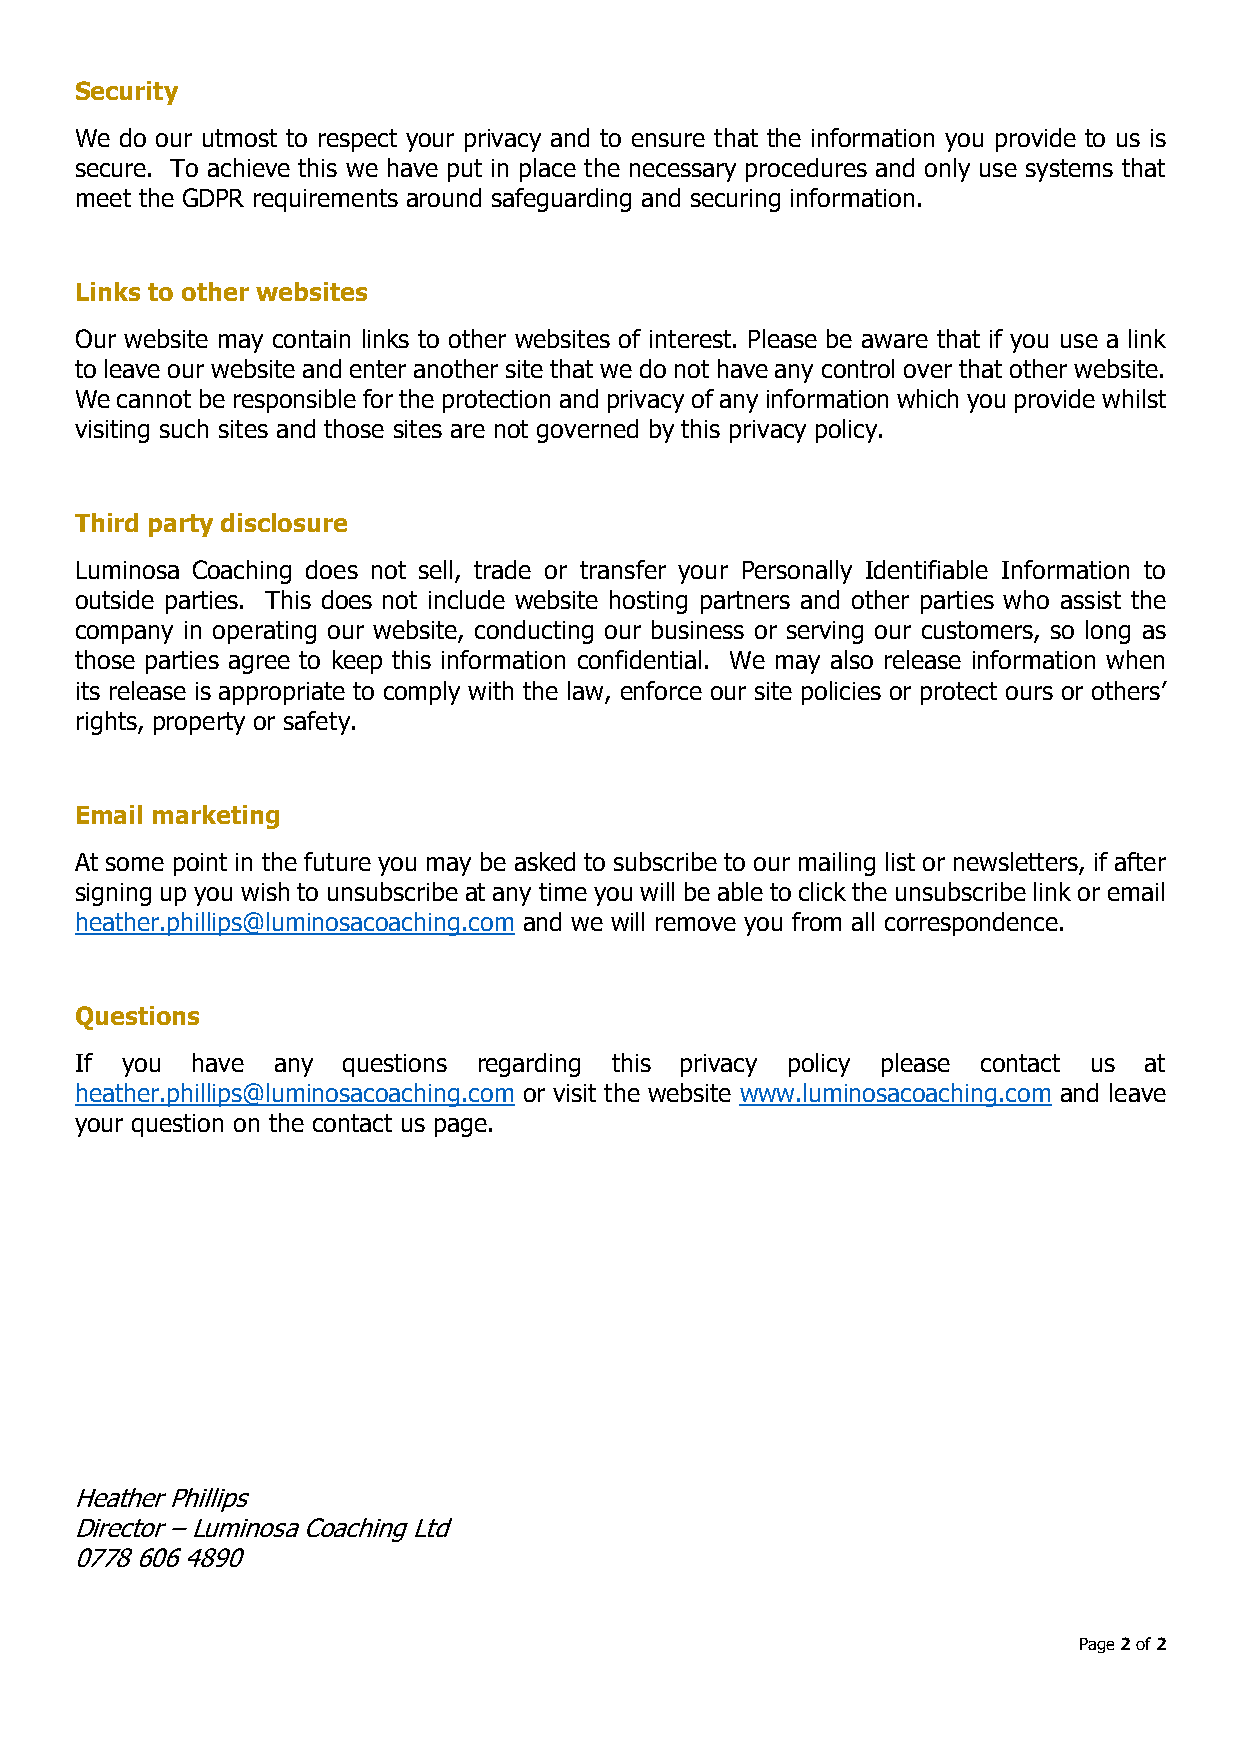
Security
 We do our utmost to respect your privacy and to ensure that the information you provide to us is
 secure. To achieve this we have put in place the necessary procedures and only use systems that
 meet the GDPR requirements around safeguarding and securing information.
 Links to other websites
 Our website may contain links to other websites of interest. Please be aware that if you use a link
 to leave our website and enter another site that we do not have any control over that other website.
 We cannot be responsible for the protection and privacy of any information which you provide whilst
 visiting such sites and those sites are not governed by this privacy policy.
 Third party disclosure
 Luminosa Coaching does not sell, trade or transfer your Personally Identifiable Information to
 outside parties. This does not include website hosting partners and other parties who assist the
 company in operating our website, conducting our business or serving our customers, so long as
 those parties agree to keep this information confidential. We may also release information when
 its release is appropriate to comply with the law, enforce our site policies or protect ours or others’
 rights, property or safety.
 Email marketing
 At some point in the future you may be asked to subscribe to our mailing list or newsletters, if after
 signing up you wish to unsubscribe at any time you will be able to click the unsubscribe link or email
 heather.phillips@luminosacoaching.com and we will remove you from all correspondence.
 Questions
 If you  have any  questions regarding this privacy policy please contact us at
 heather.phillips@luminosacoaching.com or visit the website www.luminosacoaching.com and leave
 your question on the contact us page.
 Heather Phillips
 Director – Luminosa Coaching Ltd
 0778 606 4890
 Page 2 of 2